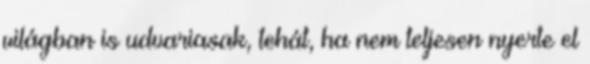
világban is udvariasak, tehát, ha nem teljesen nyerte el